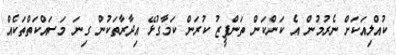
ކުއްލިއަކަށް ނެރުމުން އެ ކަންކަން ތަންފީޒު ކުރަން ކަމާގުޅޭ އިދާރާތަކުން ގިނަ މަސައްކަތްތަކެއް